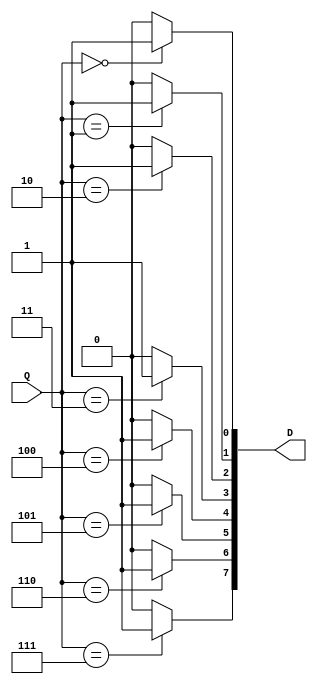
// Ch07 dec38_if.v
// 3  8 X ( if z)

module dec38_if (Q, D);
input  [2:0] Q;		// Q TJ
output [7:0] D;		// D KX
reg    [7:0] D;		// is

//  if z
always@ (Q)
  begin
    if (Q == 3'b000) D[0] = 1;    else D[0] = 0;
    if (Q == 3'b001) D[1] = 1;    else D[1] = 0;
    if (Q == 3'b010) D[2] = 1;    else D[2] = 0;
    if (Q == 3'b011) D[3] = 1;    else D[3] = 0;
    if (Q == 3'b100) D[4] = 1;    else D[4] = 0;
    if (Q == 3'b101) D[5] = 1;    else D[5] = 0;
    if (Q == 3'b110) D[6] = 1;    else D[6] = 0;
    if (Q == 3'b111) D[7] = 1;    else D[7] = 0;
  end
endmodule